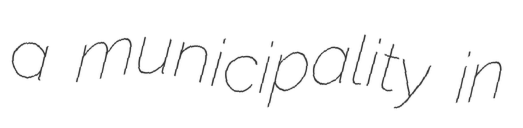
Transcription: a municipality in